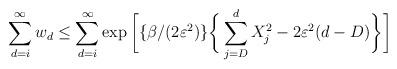
LaTeX: \begin{align*}\sum_{d=i}^{\infty}w_{d} \leq \sum_{d=i}^{\infty}\exp\bigg{[} \{\beta / (2\varepsilon^{2})\} \bigg{\{}\sum_{j=D}^{d}X_{j}^{2}-2\varepsilon^2 (d-D) \bigg{\}} \bigg{]}\end{align*}